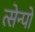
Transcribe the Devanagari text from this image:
त्सेन्पो